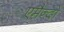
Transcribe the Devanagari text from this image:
एमैन्दो